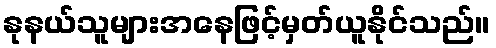
နုနယ်သူများအနေဖြင့်မှတ်ယူနိုင်သည်။